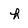
Character: h